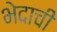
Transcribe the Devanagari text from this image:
भेदाची